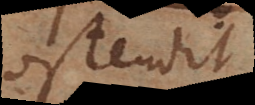
ostendit.